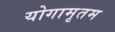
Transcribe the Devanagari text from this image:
योगामृतम